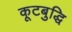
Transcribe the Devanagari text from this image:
कूटबुद्धि